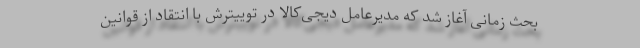
بحث زمانی آغاز شد که مدیرعامل دیجی‌کالا در توییترش با انتقاد از قوانین